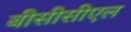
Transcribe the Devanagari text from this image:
बीसीसीएल